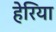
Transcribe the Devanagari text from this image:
हेरिया